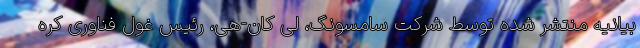
بیانیه منتشر شده توسط شرکت سامسونگ، لی کان-هی، رئیس غول فناوری کره